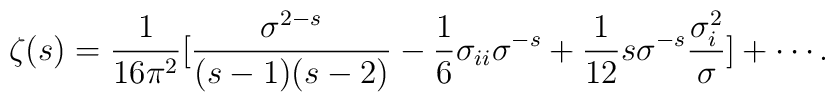
\zeta(s)={1\over 16\pi^2}[{\sigma^{2-s}\over (s-1)(s-2)}-{1\over 6}\sigma_{ii}\sigma^{-s}+{1\over 12}s\sigma^{-s}{\sigma_i^2\over \sigma}]+\cdots .